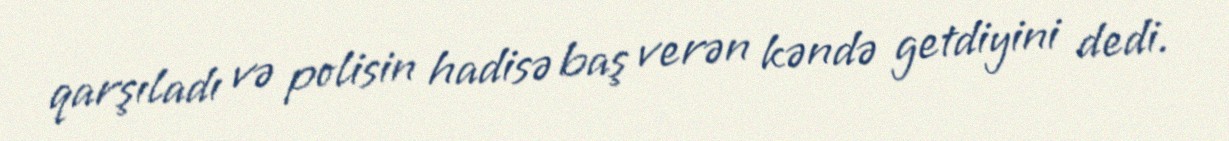
qarşıladı və polisin hadisə baş verən kəndə getdiyini dedi.